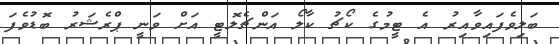
ބަލިވެފައިވާއިރު އެ ޓީމުގެ ކޯޗު ކާލޯ އަންޗެލޮޓީ އަށް ވަނީ ޕްރެޝަރު ބޮޑުވެފަ